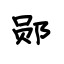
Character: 郧